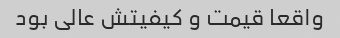
واقعا قیمت و کیفیتش عالی بود